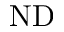
\mathrm { N D }